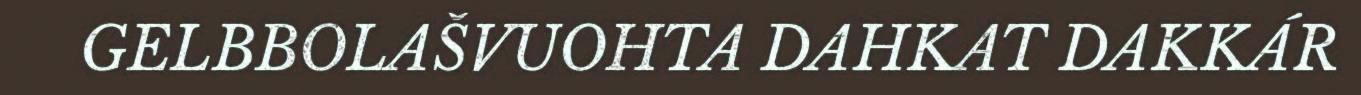
GELBBOLAŠVUOHTA DAHKAT DAKKÁR